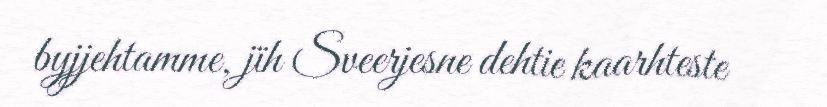
byjjehtamme, jïh Sveerjesne dehtie kaarhteste